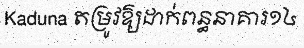
Kaduna តម្រូវឱ្យដាក់ពន្ធនាគារ១៤